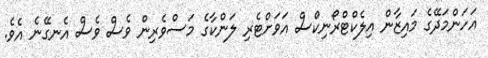
އަހަންމަދޭގެ މައިޒާން އިލެކްޓްރޯނިކްސް އަވަށްޓެރި ލަންކާގެ މަސްވެރިން ވެސް ވެސް އެނގޭނެ އެވެ.